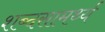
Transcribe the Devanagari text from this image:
शब्दसामर्थ्य